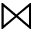
\Join